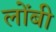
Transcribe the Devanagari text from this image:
लोंबी